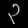
Digit: ၃